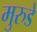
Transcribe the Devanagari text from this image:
मुरुडे